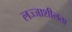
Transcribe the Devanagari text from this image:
लज्जाशीलता